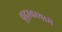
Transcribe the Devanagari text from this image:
वृद्वावस्थामें